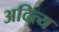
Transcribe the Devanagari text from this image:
अदित्य